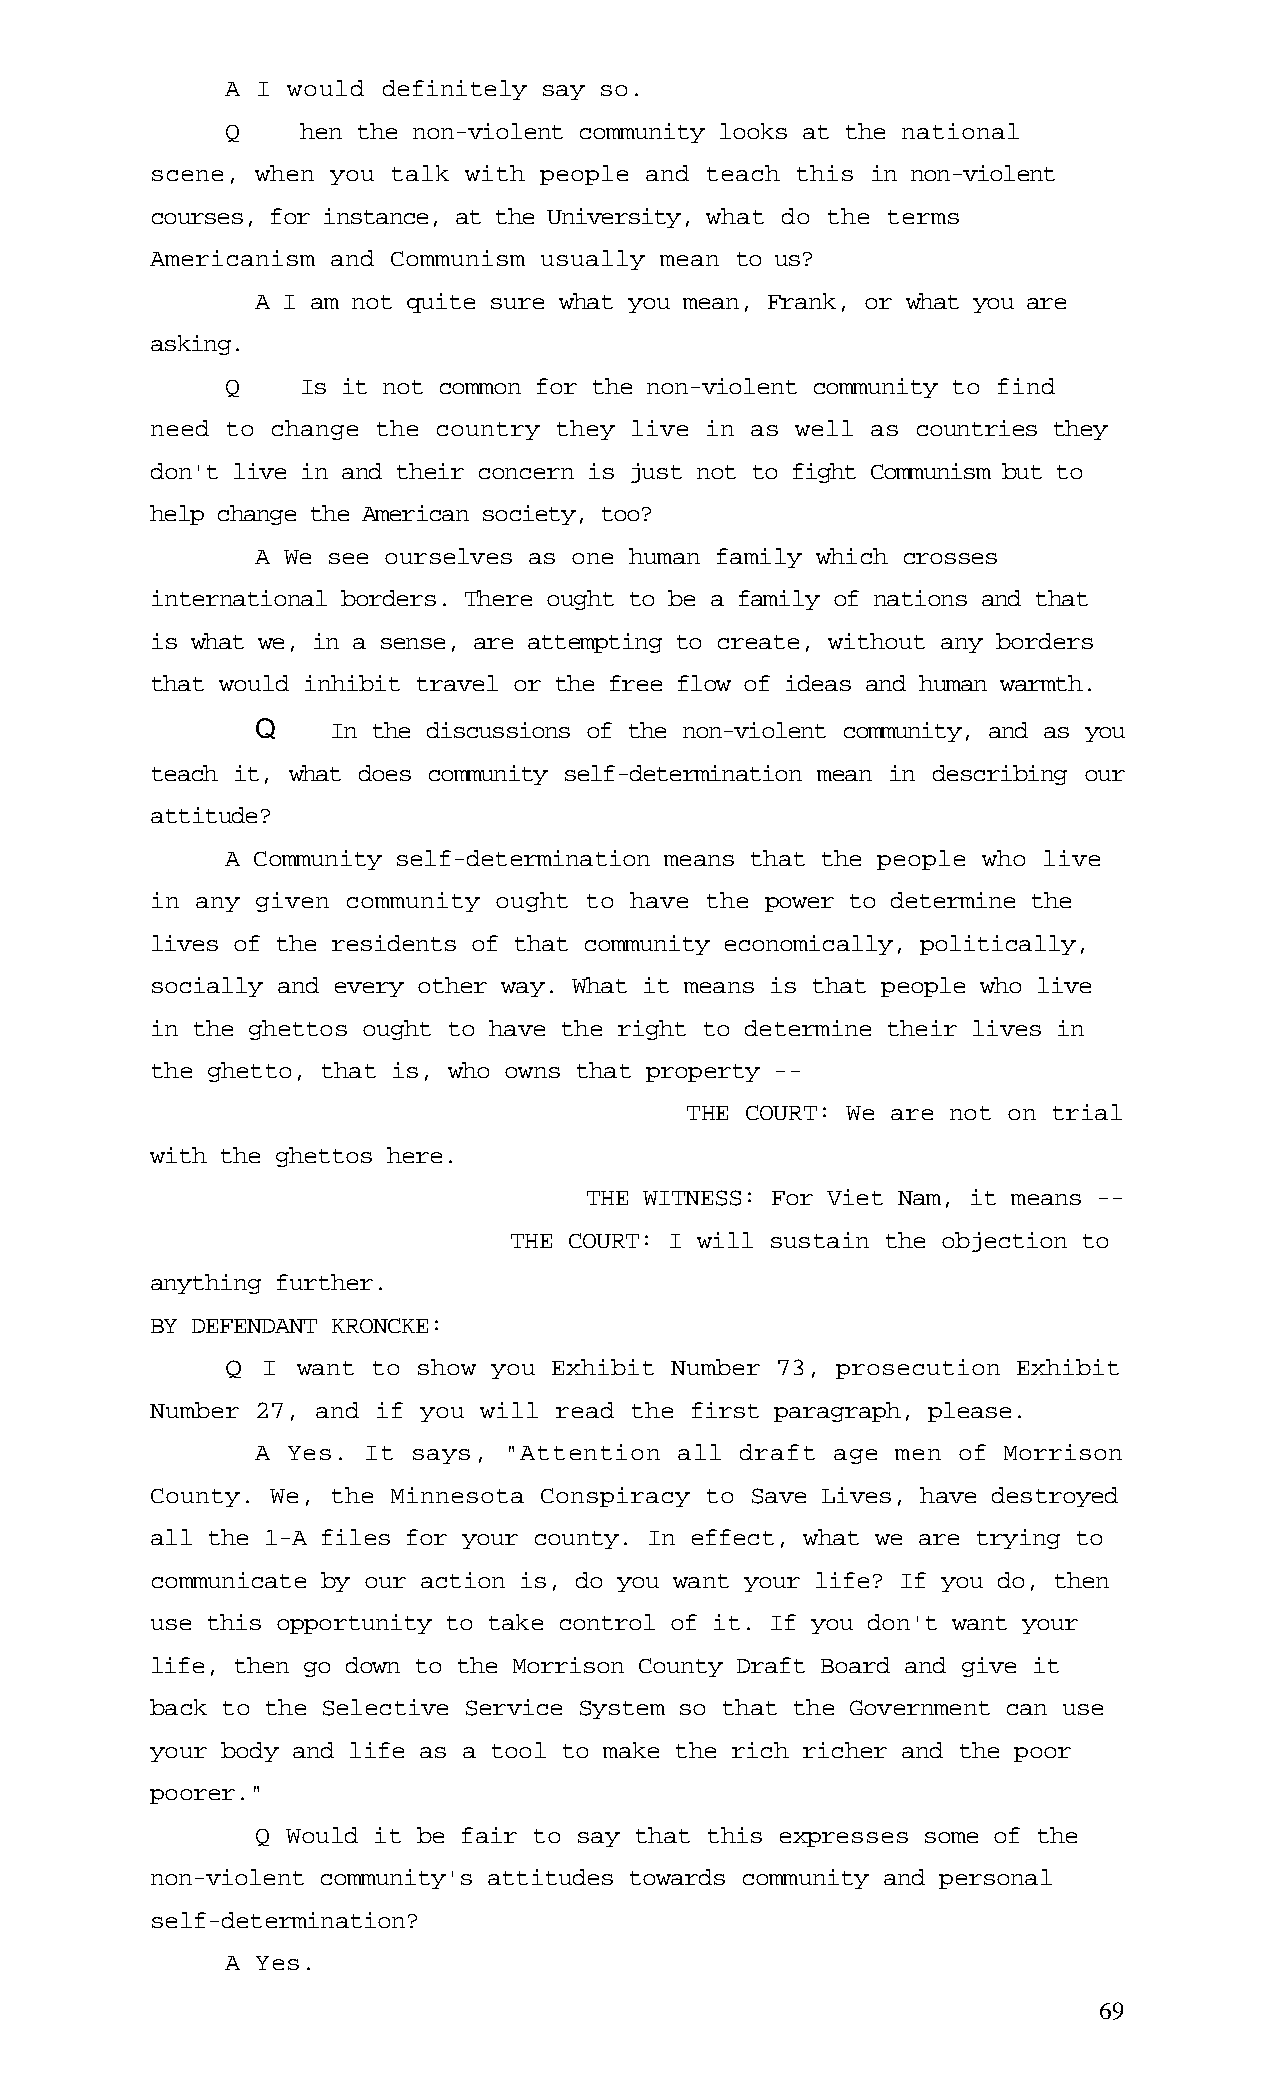
A I would definitely say so.
 Q    hen the non-violent community looks at the national
 scene, when you talk with people and teach this in non-violent
 courses, for instance, at the University, what do the terms
 Americanism and Communism usually mean to us?
 A I am not quite sure what you mean, Frank, or what you are
 asking.
 Q    Is it not common for the non-violent community to find
 need to change the country they live in as well as countries they
 don't live in and their concern is just not to fight Communism but to
 help change the American society, too?
 A We see ourselves as one human family which crosses
 international borders. There ought to be a family of nations and that
 is what we, in a sense, are attempting to create, without any borders
 that would inhibit travel or the free flow of ideas and human warmth.
 Q    In the discussions of the non-violent community, and as you
 teach it, what does community self-determination mean in describing our
 attitude?
 A Community self-determination means that the people who live
 in any given community ought to have the power to determine the
 lives of the residents of that community economically, politically,
 socially and every other way. What it means is that people who live
 in the ghettos ought to have the right to determine their lives in
 the ghetto, that is, who owns that property --
 THE COURT: We are not on trial
 with the ghettos here.
 THE WITNESS: For Viet Nam, it means --
 THE COURT: I will sustain the objection to
 anything further.
 BY DEFENDANT KRONCKE:
 Q I  want to show you Exhibit Number 73, prosecution Exhibit
 Number 27, and if you will read the first paragraph, please.
 A Yes. It says, "Attention  all draft age men of Morrison
 County. We, the Minnesota Conspiracy to Save Lives, have destroyed
 all the 1-A files for your county. In effect, what we are trying to
 communicate by our action is, do you want your life? If you do, then
 use this opportunity to take control of it. If you don't want your
 life, then go down to the Morrison County Draft Board and give it
 back to the Selective Service System so that the Government can use
 your body and life as a tool to make the rich richer and the poor
 poorer."
 Q Would it be fair to say that this expresses some of the
 non-violent community's attitudes towards community and personal
 self-determination?
 A Yes.
 69